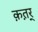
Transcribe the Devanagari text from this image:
क़त़र्